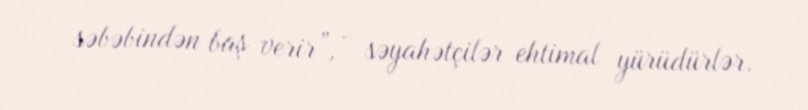
səbəbindən baş verir”, - səyahətçilər ehtimal yürüdürlər.